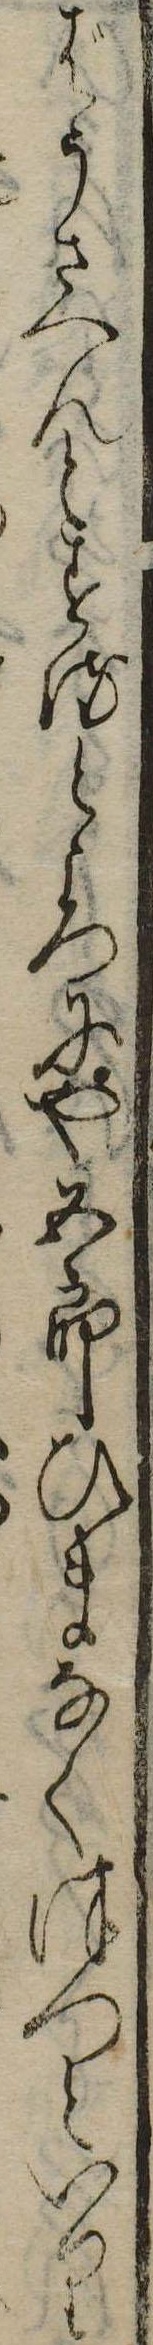
はうさへんとするところにや五郎ひまなくつつといり